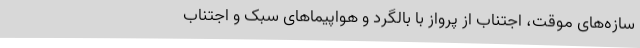
سازه‌های موقت، اجتناب از پرواز با بالگرد و هواپیماهای سبک و اجتناب